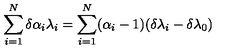
\sum _ { i = 1 } ^ { N } \delta \alpha _ { i } \lambda _ { i } = \sum _ { i = 1 } ^ { N } ( \alpha _ { i } - 1 ) ( \delta \lambda _ { i } - \delta \lambda _ { 0 } )